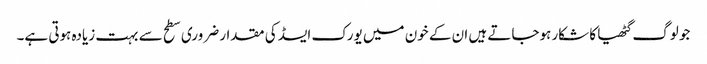
جو لوگ گٹھیا کا شکار ہوجاتے ہیں ان کے خون میں یورک ایسڈ کی مقدار ضروری سطح سے بہت زیادہ ہوتی ہے۔